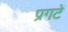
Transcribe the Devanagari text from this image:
प्रगटें